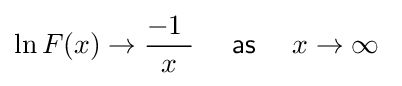
\ln F(x)\rightarrow {\frac {-1~}{\ x\ }}\quad {\mathsf {~as~}}\quad x\rightarrow \infty \